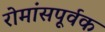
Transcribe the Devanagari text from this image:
रोमांसपूर्वक